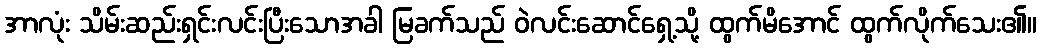
အာလုံး သိမ်းဆည်းရှင်းလင်းပြီးသောအခါ မြခက်သည် ဝဲလင်းဆောင်ရှေ့သို့ ထွက်မိအောင် ထွက်လိုက်သေး၏။